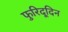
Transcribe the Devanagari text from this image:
फुरिदूदिन